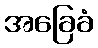
အခြေခံ